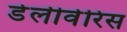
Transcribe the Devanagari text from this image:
डेलीवेरिस